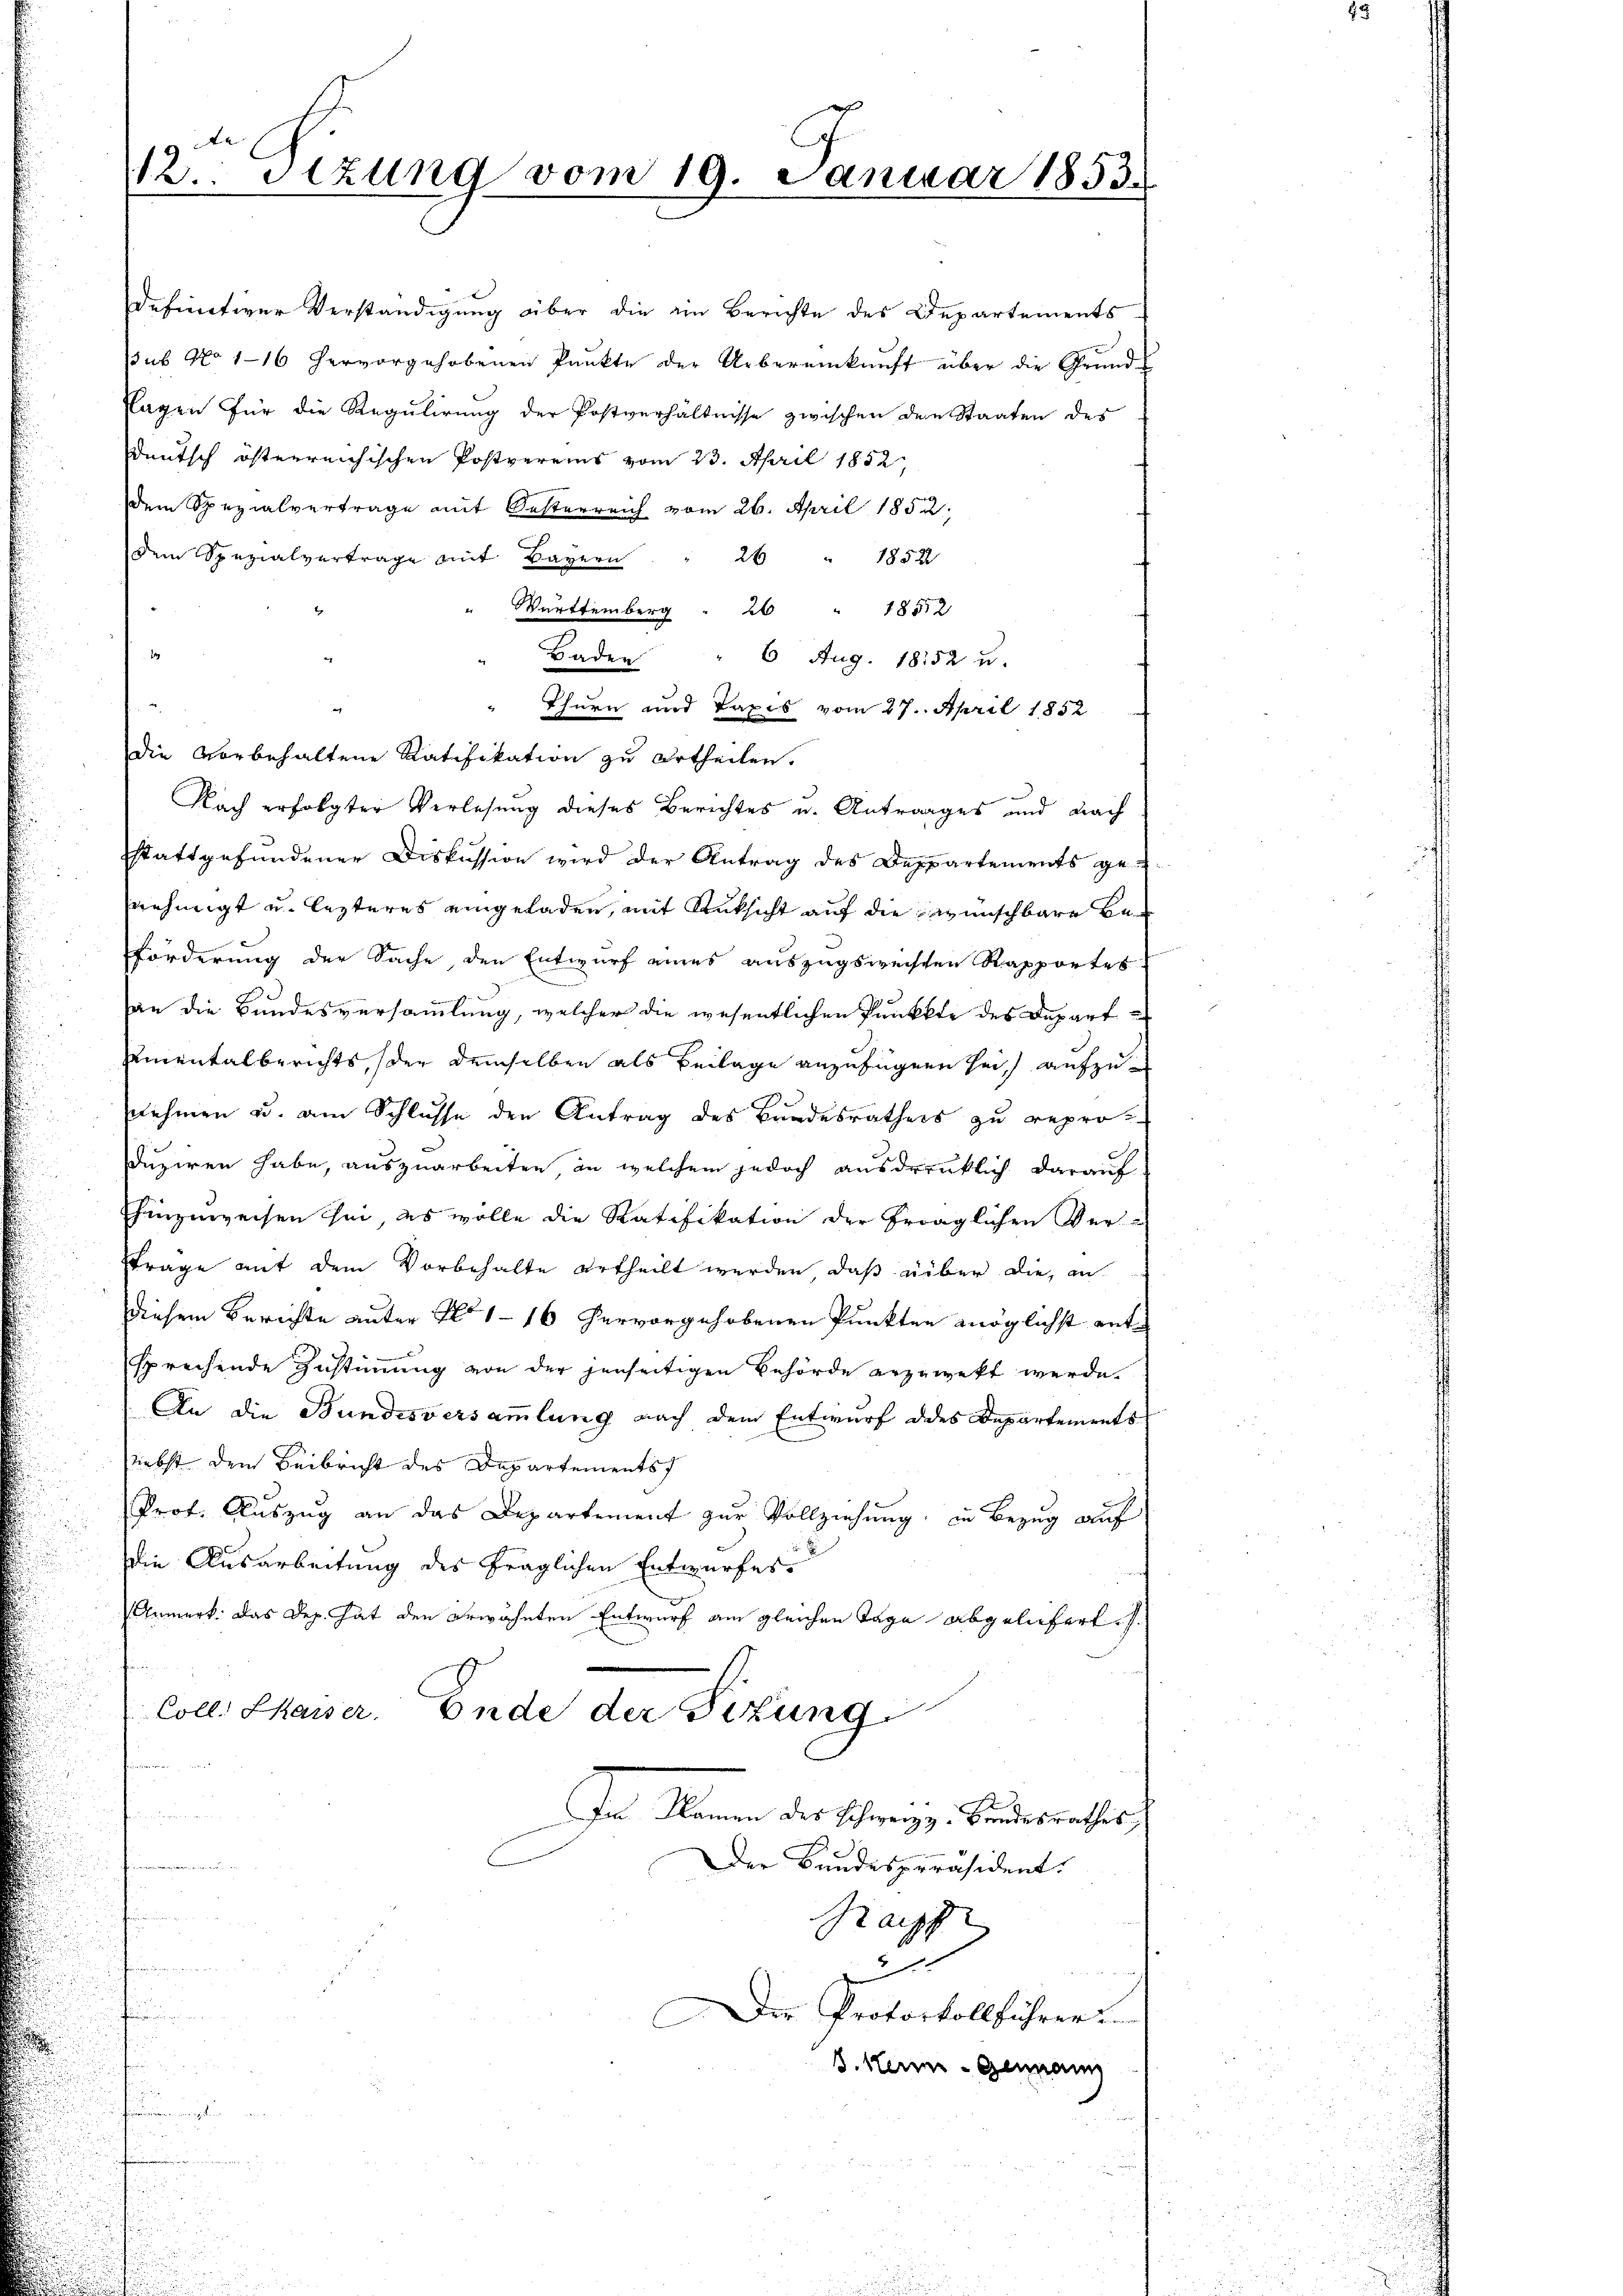
13.. Sitzung vom 19. Januar 1853.

definitiver Verständigung über die ein Berichte des Departements
sub No 116 hervorgehobenen Punkte der Uebereinkunft über die Grund-
lagen für die Regulirung der Postverhältnisse zwischen den Staaten des
deutsch österreichischen Postvereins vom 23. April 1852
dem Spezialvertrage mit Oesterreich vom 26. April 1852,
dem Spezialvertrage mit Bayer               "  1852
Württemberg " 2 " 18512
Baden " 6 Aug. 18152 u.
" Thurn und Taxis vom 27. April 1852
die vorbehaltene Ratifikation zu urtheilen.
Nach erfolgter Verlesung dieses Berichtes u. Antrages und nach
stattgefundener Diskussion wird der Antrag des Deppartements genehmigt u. lezteres eingeladen, mit Rüksicht auf die wünschbare Beförderung der Sache, den Entwurf eines auszugsweisten Rapportes
an die Bundesversammlung, welcher die wesentlichen Punkkte des Depart
Unentalberichts, der demselben als Beilage anzufügen sei, aufzunehmen u. am Schlusse den Antrag des Bundesrathess zu repro-
uziren habe, auszuarbeiten an welchem jedoch ausdrücklich darauf
hinzuweisen sei, es wolle die Ratifikation der fraglichen Verftrage auf dem Vorbehalte Urtheilt werden, daß über die, an
diesem Berichte unter fl. 116 hervorgehobenen Punkten möglichst entsprechende Zustimmung von der jenseitigen Behörde erzwekt werde.
An die Bundesversammlung nach dem Entwurf des Departements
liebst dem Beibricht des Departements
Prof. Auszug an das Departement zur Vollziehung, in Bezug auf
die Ausarbeitung des fraglichen Entwurfes
Anmerk. Das Dep. hat den erwähnten Entwurf am gleichen Tage abgeliefert. I.
Coll. Chaiser. Ende der Situng
u
Im Namen des Schweiz. Bundesrathes
Der Bundespräsident.
Rapp
zi
u
Der Protokollführer
8. Kein Genann